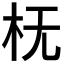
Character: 𬂠